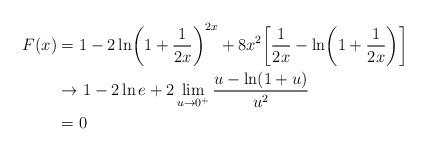
LaTeX: \begin{align*}F(x) &=1-2\ln \biggl(1+\frac1{2x}\biggr)^{2x}+8x^2\biggl[\frac1{2x}-\ln \biggl(1+\frac1{2x}\biggr)\biggr]\\&\to1-2\ln e+2\lim_{u\to0^+}\frac{u-\ln(1+u)}{u^2}\\&=0\end{align*}